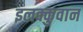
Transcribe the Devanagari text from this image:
इलक्कुवान